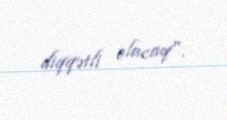
diqqətli olacaq".